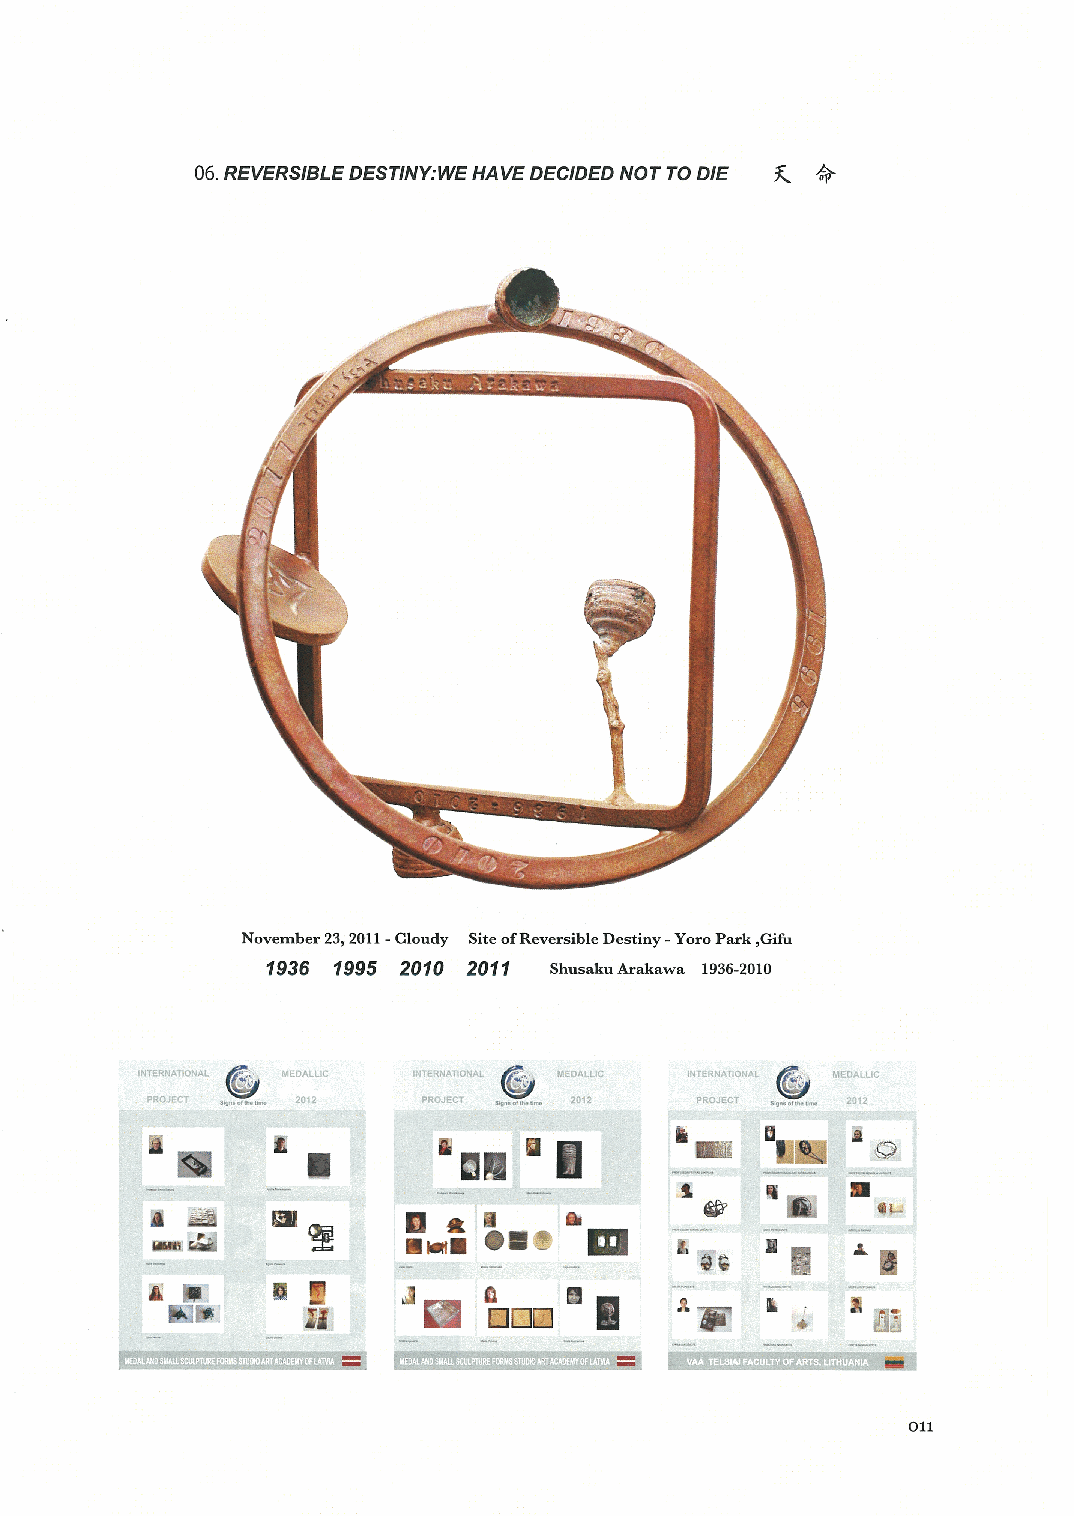
g
 06.REyERS′BLE DESア′Ⅳ監WE ttAyE DEC′DED NOrTO D′ 柔 介
 NOvember 23,20■ ‐Cloudy Site ofReversiЫe Destiny‐ YOrO Park,Gh
 T996 T995 20T0 20TT Shusaku Arakawa 1936‐ 2010
 ③
 ③                 ⑤
 ”
 Ｅ                          出     監    二一
 目 E       ■              田          劇           ③
 田■
 一
 一                          虫     電
 瑕 轟     団 窪      冒占缶Ь日鰺働             ψ    倒     q担
 一四 潤
 ・
 L ご|  コ 題  ▲ E
 Ａ Ｉ     固 ■           a
 酢        Ｉ      』 國  国国囲   田      R F   L    a 回通
 ◆
 4帥
 即騨岬騨導     蝉弾翠斑翌   呻      :転ほ髯I燕椰騨醸  筆爆;,iとこ|■禅曇苗螂罐廼胚
 011